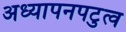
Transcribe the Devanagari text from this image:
अध्यापनपटुत्व